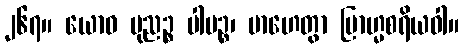
၂၆၇။ ယောဓ ပုညဉ္စ ပါပဉ္စ၊ ဗာဟေတွာ ဗြာဟ္မစရိယဝါ။